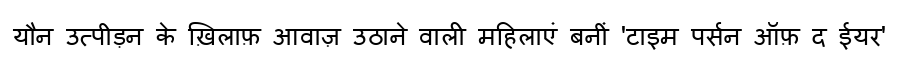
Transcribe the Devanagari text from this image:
यौन उत्पीड़न के ख़िलाफ़ आवाज़ उठाने वाली महिलाएं बनीं 'टाइम पर्सन ऑफ़ द ईयर'